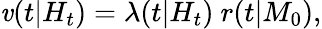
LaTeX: \mathit{v}(t|H_{t})=\lambda(t|H_{t})\ r(t|M_{0}),